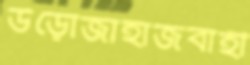
উড়োজাহাজবাহী